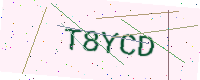
Text: T8YCD